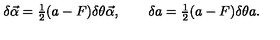
\delta \vec { \alpha } = { \textstyle \frac 1 2 } ( a - F ) \delta \theta \vec { \alpha } , \qquad \delta a = { \textstyle \frac 1 2 } ( a - F ) \delta \theta a .